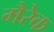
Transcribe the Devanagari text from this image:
मैरेक